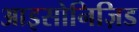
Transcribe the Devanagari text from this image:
आइसोनिज़िड